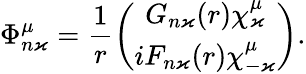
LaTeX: \Phi_{n\varkappa}^{\mu}=\frac{1}{r}\left(\begin{array}{c}{G_{n\varkappa}(r)\chi_{\varkappa}^{\mu}}\\ {iF_{n\varkappa}(r)\chi_{-\varkappa}^{\mu}}\end{array}\right).